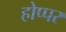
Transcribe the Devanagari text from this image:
होप्पर